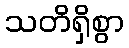
သတိရှိစွာ